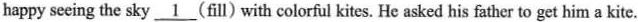
happy seeing the sky \underline{1} (fill) with colorful kites. He asked his father to get him a kite.